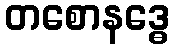
တစောနဒ္ဓေ